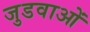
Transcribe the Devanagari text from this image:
जुडवाओं